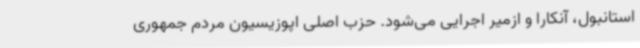
استانبول، آنکارا و ازمیر اجرایی می‌شود. حزب اصلی اپوزیسیون مردم جمهوری